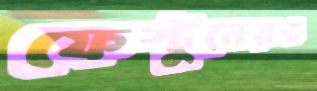
ফেস্টুনেরও